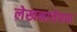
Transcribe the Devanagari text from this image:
लेखनाचेपण